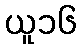
ယူ၁၆